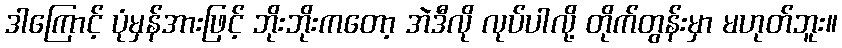
ဒါကြောင့် ပုံမှန်အားဖြင့် ဘိုးဘိုးကတော့ အဲဒီလို လုပ်ပါလို့ တိုက်တွန်းမှာ မဟုတ်ဘူး။